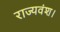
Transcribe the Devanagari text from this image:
राज्यवंश।